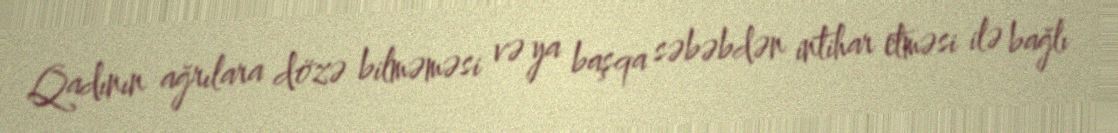
Qadının ağrılara dözə bilməməsi və ya başqa səbəbdən intihar etməsi ilə bağlı